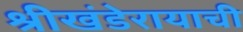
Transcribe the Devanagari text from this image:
श्रीखंडेरायाची